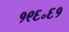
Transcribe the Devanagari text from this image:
१९६॰६१